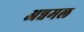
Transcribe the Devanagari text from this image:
अन्नमल